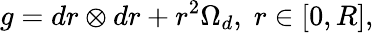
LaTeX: g=dr\otimes dr+r^{2}\Omega_{d},\; r\in[0,R],